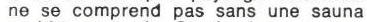
ne se comprend pas sans une sauna